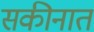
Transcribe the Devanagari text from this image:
सकीनात